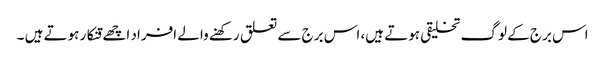
اس برج کے لوگ تخلیقی ہوتے ہیں، اس برج سے تعلق رکھنے والے افراد اچھے قنکار ہوتے ہیں ۔